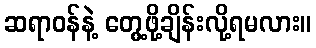
ဆရာဝန်နဲ့ တွေ့ဖို့ချိန်းလို့ရမလား။